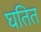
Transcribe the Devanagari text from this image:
घतित